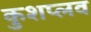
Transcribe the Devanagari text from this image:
कुशप्लव